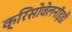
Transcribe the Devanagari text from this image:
क्रिसोवेलनॉइडी